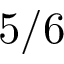
5 / 6